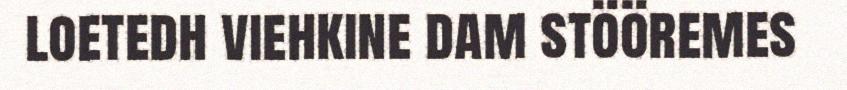
loetedh viehkine dam stööremes